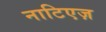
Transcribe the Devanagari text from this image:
नाटिएज़